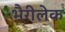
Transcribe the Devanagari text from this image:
भैरीलेक